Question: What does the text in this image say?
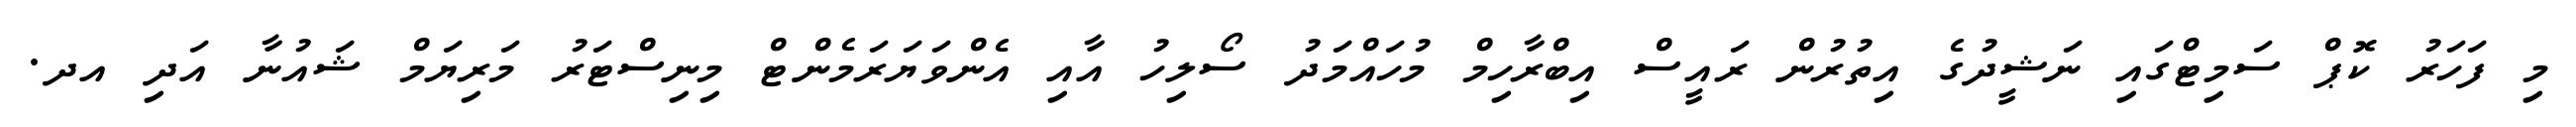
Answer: މި ފަހަރު ކޮޕް ސަމިޓްގައި ނަޝީދުގެ އިތުރުން ރައީސް އިބްރާހިމް މުހައްމަދު ސޯލިހު އާއި އެންވަޔަރަމެންޓް މިނިސްޓަރު މަރިޔަމް ޝައުނާ އަދި އދ.